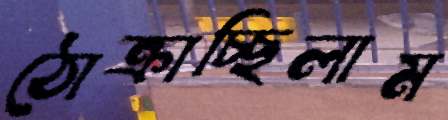
ঠোক্‌রাচ্ছিলাম